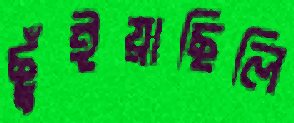
ছুঁইয়াছিলি